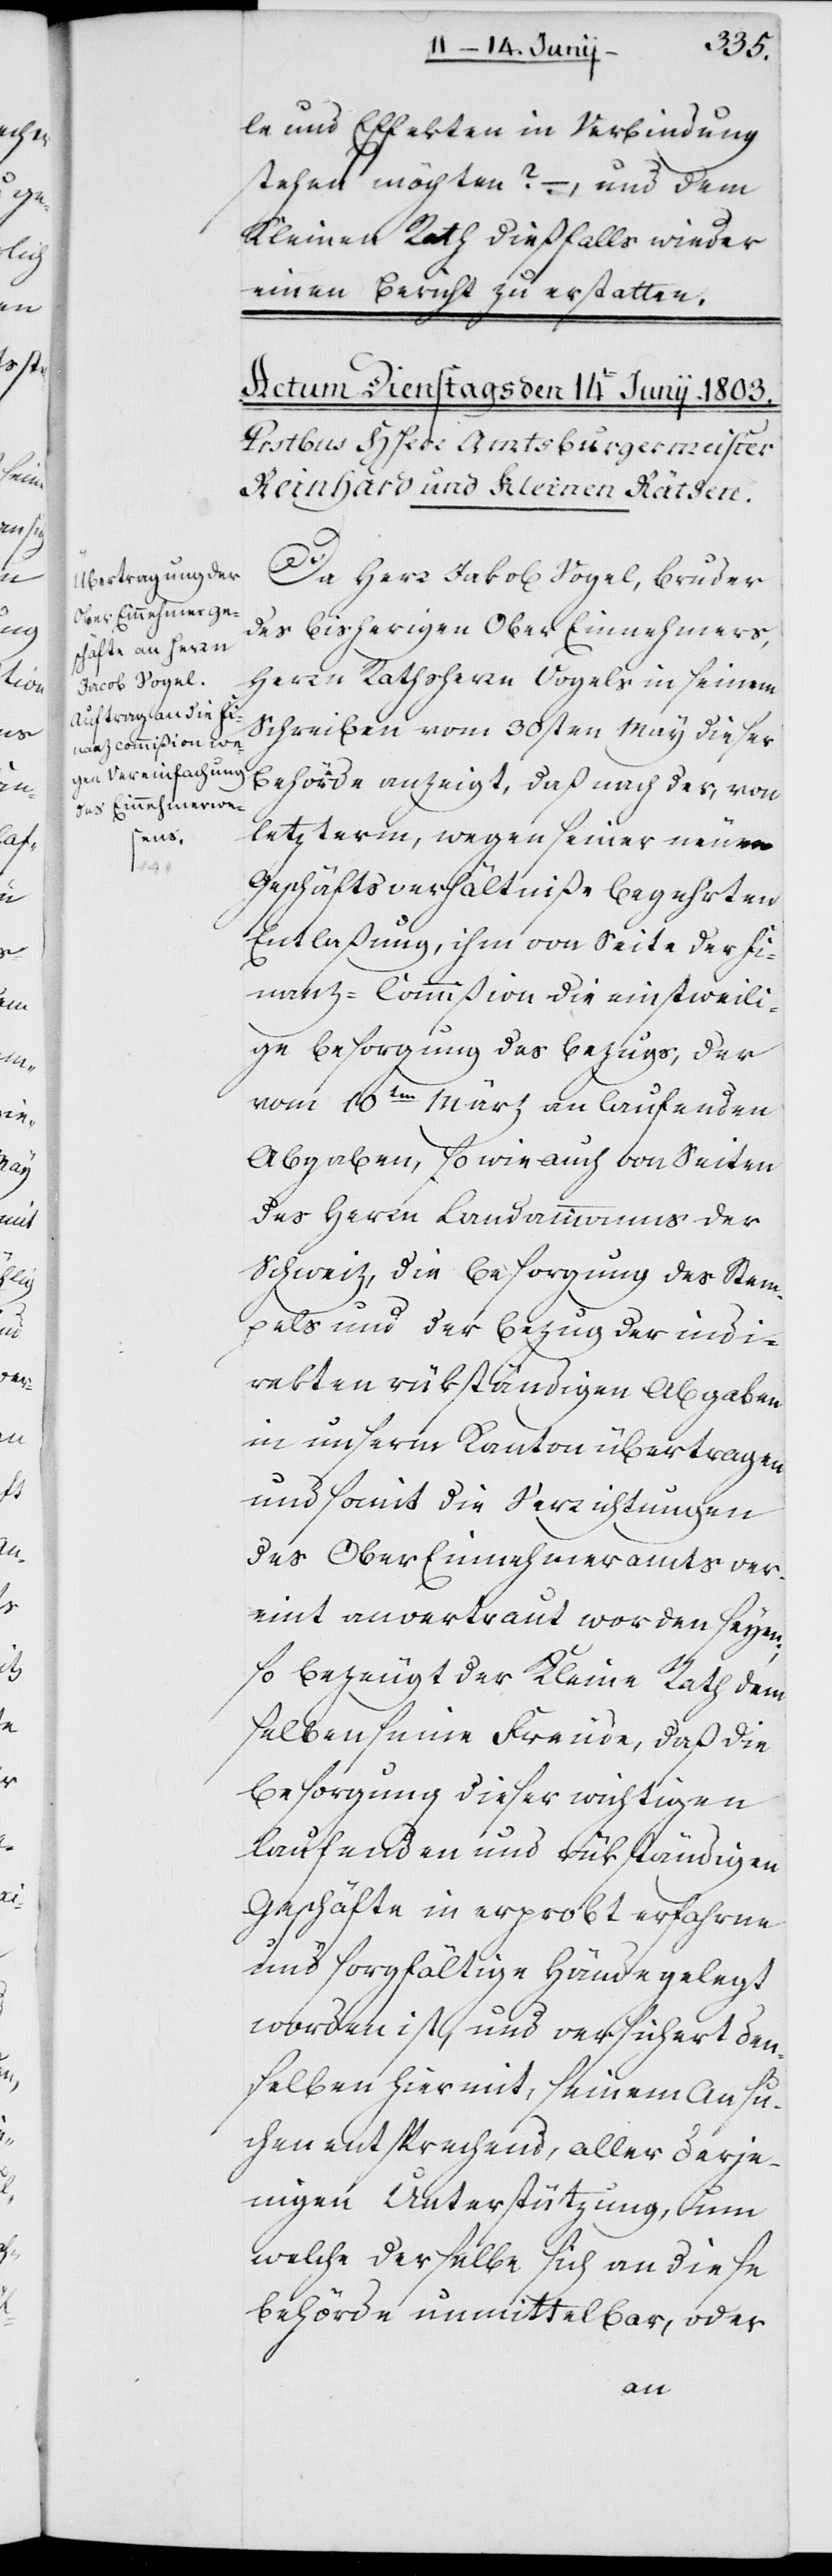
le und Effekten in Verbindung
stehen möchten? –, und dem
Kleinen Rath dießfalls wieder
einen Bericht zu erstatten.
Da Herr Jakob Vogel, Bruder
des bisherigen Ober Einnehmers,
Herrn Rathsherrn Vogels, in seinem
Schreiben vom 30sten May dieser
Behörde anzeigt, daß nach der, von
letzterm, wegen seiner neuen
Geschäftsverhältniße begehrten
Entlaßung, ihm von Seite der Fi¬
nanz-Commißion die einstweili¬
ge Besorgung des Bezugs, der
vom 10ten März an laufenden
Abgaben, so wie auch von Seiten
des Herrn Landammanns der
Schweiz, die Besorgung des Stem¬
pels und der Bezug der indi¬
rekten rükständigen Abgaben
in unserm Kanton übertragen
und somit die Verrichtungen
des Ober Einnehmeramts ver¬
eint anvertraut worden seyen,
so bezeugt der Kleine Rath dem¬
selben seine Freude, daß die
Besorgung dieser wichtigen
laufenden und rükständigen
Geschäfte in erprobt erfahrne
und sorgfältige Hände gelegt
worden ist, und versichert den¬
selben hiermit, seinem Ansu¬
chen entsprechend, aller derje¬
nigen Unterstützung, um
welche derselbe sich an diese
Behörde unmittelbar, oder